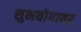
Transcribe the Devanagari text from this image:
शुभयोगावर